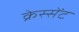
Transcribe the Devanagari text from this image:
क्रेस्सेंट